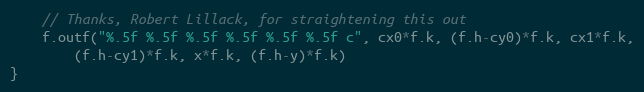
Language: Go
	// Thanks, Robert Lillack, for straightening this out
	f.outf("%.5f %.5f %.5f %.5f %.5f %.5f c", cx0*f.k, (f.h-cy0)*f.k, cx1*f.k,
		(f.h-cy1)*f.k, x*f.k, (f.h-y)*f.k)
}